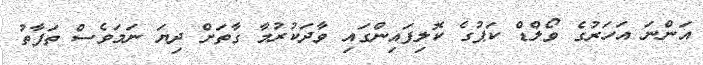
އަންނަ އަހަރުގެ ވޯލްޑް ކަޕުގެ ކޮލިފައިންގައި ވާދަކުރުމާ ގާތަށް ދިޔަ ނަމަވެސް ތަފާތު